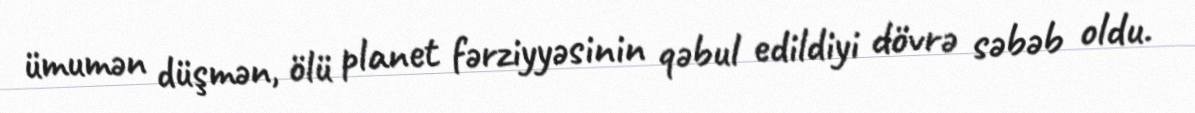
ümumən düşmən, ölü planet fərziyyəsinin qəbul edildiyi dövrə səbəb oldu.